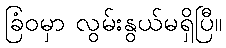
ခြံဝမှာ လွမ်းနွယ်မရှိပြီ။